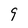
Character: 9